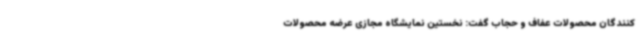
کنندگان محصولات عفاف و حجاب گفت: نخستین نمایشگاه مجازی عرضه محصولات